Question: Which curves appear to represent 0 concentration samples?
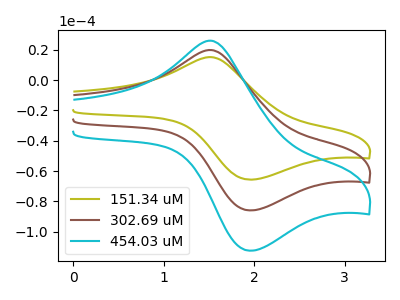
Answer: <think>The olive curve "151.34 uM" has an anodic peak at (1.55V, 15.10uA) and a cathodic peak at (1.95V, -65.55uA). The brown curve "302.69 uM" has an anodic peak at (1.55V, 19.80uA) and a cathodic peak at (1.95V, -85.85uA). The cyan curve "454.03 uM" has an anodic peak at (1.55V, 39.60uA) and a cathodic peak at (1.95V, -171.65uA).</think>
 <answer>There are not any CV's on this graph that are likely to be blanks.</answer>
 <eval>none</eval>